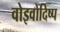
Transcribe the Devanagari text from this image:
वोइवोदिष्प